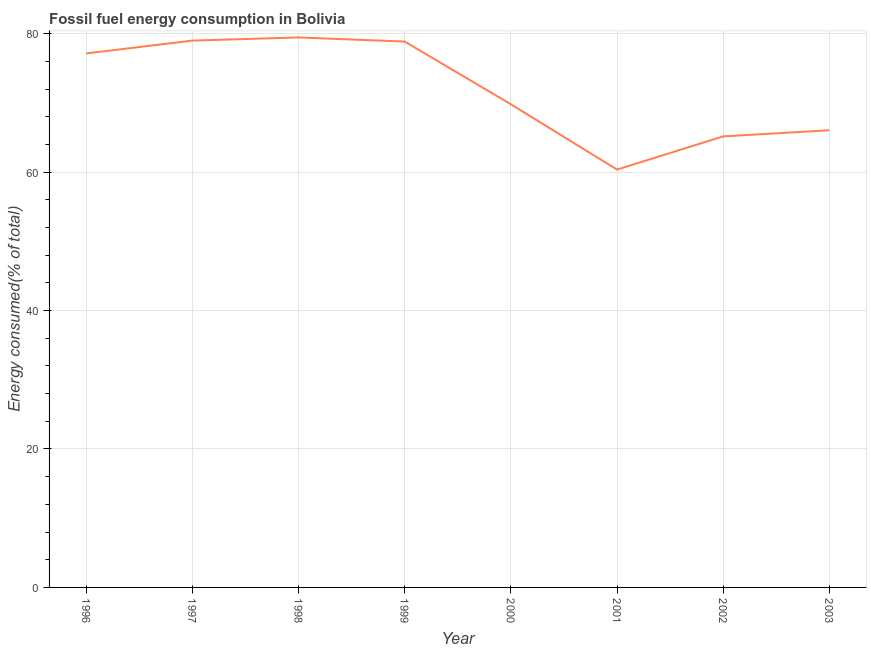
| Year | Fossil fuel energy consumption (% of total) |
 | --- | --- |
 | 1996 | 77.1 |
 | 1997 | 79 |
 | 1998 | 79.5 |
 | 1999 | 78.9 |
 | 2000 | 69.8 |
 | 2001 | 60.4 |
 | 2002 | 65.2 |
 | 2003 | 66 |